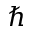
\hbar